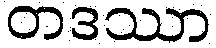
တဒဿာ